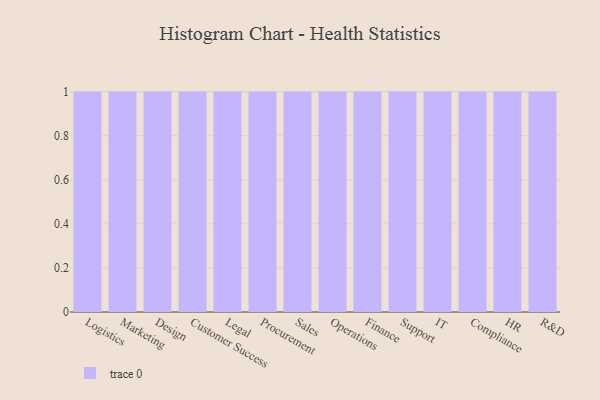
{"axis": {"x": "Department", "y": "Backlog"}, "legend": [""], "data": [{"x": "Logistics", "y": 42, "type": ""}, {"x": "Marketing", "y": 79, "type": ""}, {"x": "Design", "y": 20, "type": ""}, {"x": "Customer Success", "y": 55, "type": ""}, {"x": "Legal", "y": 17, "type": ""}, {"x": "Procurement", "y": 51, "type": ""}, {"x": "Sales", "y": 6, "type": ""}, {"x": "Operations", "y": 82, "type": ""}, {"x": "Finance", "y": 50, "type": ""}, {"x": "Support", "y": 6, "type": ""}, {"x": "IT", "y": 10, "type": ""}, {"x": "Compliance", "y": 26, "type": ""}, {"x": "HR", "y": 86, "type": ""}, {"x": "R&D", "y": 55, "type": ""}]}